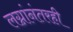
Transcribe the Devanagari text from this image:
लग्नांनंतरही